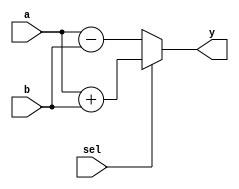
module combinational_logic (
    input wire [3:0] a,      // 4-bit input
    input wire [3:0] b,      // 4-bit input
    input wire sel,          // 1-bit select input
    output reg [3:0] y       // 4-bit output
);

always @(*) begin
    // Combinational logic using the `=` operator
    if (sel) begin
        y = a + b;           // If sel is high, output is the sum of a and b
    end else begin
        y = a - b;           // If sel is low, output is the difference of a and b
    end
end

endmodule